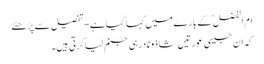
ام الفضل ؓ کے بارے میں کہا گیاہے- تفصیل سے پڑھئے
کہ ان جیسی عورتیں شاذو نادرہی جنم لیاکرتی ہیں۔